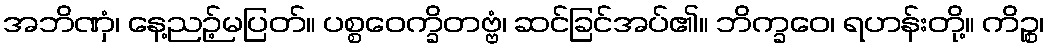
အဘိဏှံ၊ နေ့ညဉ့်မပြတ်။ ပစ္စဝေက္ခိတဗ္ဗံ၊ ဆင်ခြင်အပ်၏။ ဘိက္ခဝေ၊ ရဟန်းတို့။ ကိဉ္စ၊